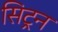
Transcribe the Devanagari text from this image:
सिट्रन